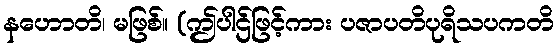
နဟောတိ၊ မဖြစ်။ (ဤပါဌ်ဖြင့်ကား ပဇာပတိပုရိသပကတိ